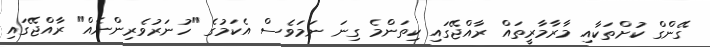
ގޭންގް ކުށްތަކާއި މާރާމާރީތައް ރާއްޖޭގައި ކިތަންމެ ގިނަ ނަމަވެސް އެކަމުގެ "ހުނަރުވެރިންނެއް" ރާއްޖޭގައި